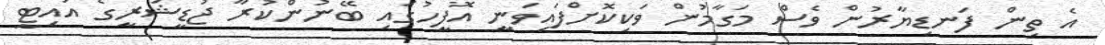
އެ ތިން ފަނޑިޔާރުން ވެސް މަގާމުން ވަކިކޮށްފައިވަނީ އޮފީހުގައި ބޭނުންކުރާ ޖުޑީޝަރީގެ އައިޓީ